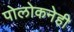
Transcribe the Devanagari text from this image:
पोलोकनेही